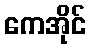
ကေအိုင်